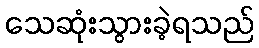
သေဆုံးသွားခဲ့ရသည်